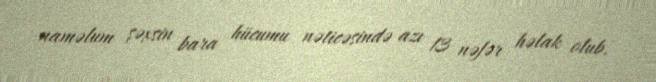
naməlum şəxsin bara hücumu nəticəsində azı 13 nəfər həlak olub.